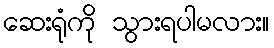
ဆေးရုံကို သွားရပါမလား။